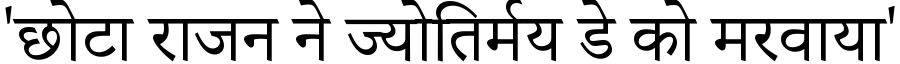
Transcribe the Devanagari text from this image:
'छोटा राजन ने ज्योतिर्मय डे को मरवाया'